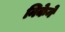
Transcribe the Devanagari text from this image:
निकेने